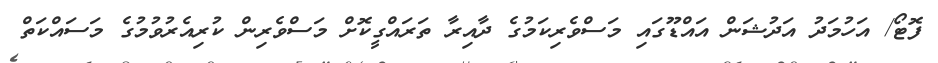
ފޮޓޯ/ އަހުމަދު އަދުޝަން އައްޑޫގައި މަސްވެރިކަމުގެ ދާއިރާ ތަރައްގީކޮށް މަސްވެރިން ކުރިއެރުވުމުގެ މަސައްކަތް